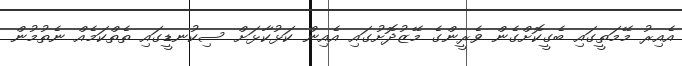
އެއިރު މޭމަތީގައި ބެގީކޮށްގެން ވެރީންގެ މޭޒުދޮށުގައި އެއިން ކަޅުކާޅަށް ސިކުނޑީގައި ތެތްކަމެއް ނެތުމުން